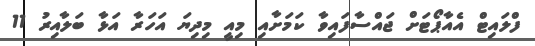
ފްލައިޓް އެއާޕޯޓަށް ޖައްސާފައިވާ ކަމަށާއި މިއީ މިދިޔަ އަހަރާ އަޅާ ބަލާއިރު 11